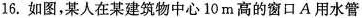
16.如图，某人在某建筑物中心10m高的窗口A用水管